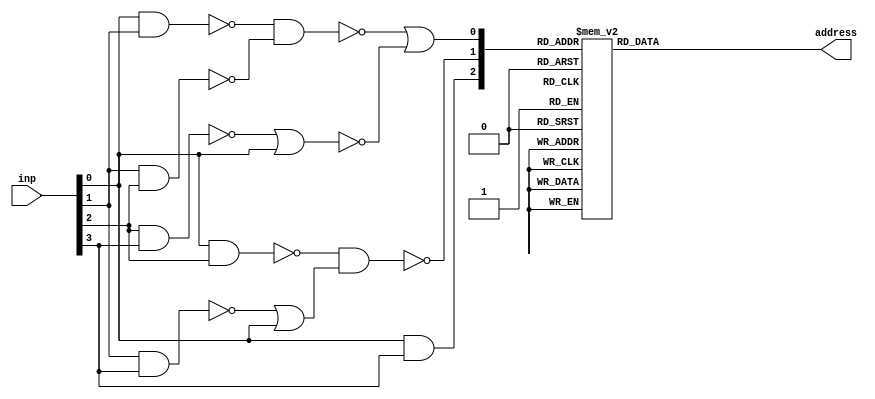
`timescale 1ns / 1ps
//////////////////////////////////////////////////////////////////////////////////
// Company: 
// Engineer: 
// 
// Design Name: 
// Module Name:    encdec 
// Project Name: 
// Target Devices: 
// Tool versions: 
// Description: 
//
// Dependencies: 
//
// Revision: 
// Revision 0.01 - File Created
// Additional Comments: 
//
//////////////////////////////////////////////////////////////////////////////////
module encdec(output reg [7:0] address,
				  input [3:0] inp);


reg [2:0] enc;

always @(*) begin
	enc[0]= (~((~(inp[0] & inp[1])) & (~(inp[1] & inp[2])))) | ( ~((~(inp[2] & inp[3]))| inp[0]));
	enc[1]=  ~((~(inp[0] & inp[2])) & ((~(inp[1] & inp[3])) | inp[0]));
	enc[2]=  inp[0] & inp[3] ;

	case (enc)
	0: address=1;
	1: address=2;
	2: address=4;
	3: address=8;
	4: address=16;
	5: address=32;
	6: address=64;
	7: address=128;
	endcase
end
endmodule